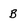
Character: B